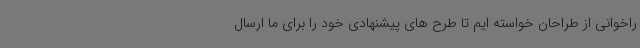
راخوانی از طراحان خواسته ایم تا طرح های پیشنهادی خود را برای ما ارسال